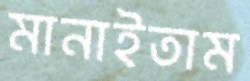
মানাইতাম